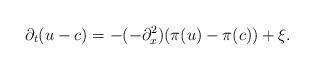
LaTeX: \begin{align*}\partial_t(u-c)=-(-\partial_x^2)(\pi(u)-\pi(c))+\xi.\end{align*}